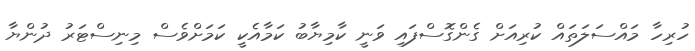
ހުރިހާ މައްސަލަތައް ކުރިއަށް ގެންގޮސްފައި ވަނީ ކާމިޔާބު ކަމާއެކީ ކަމަށްވެސް މިނިސްޓަރު ދުންޔާ